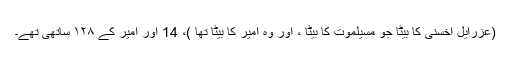
(عزرایل اخسنی کا بیٹا جو مسیلموت کا بیٹا ، اور وہ اِمّیر کا بیٹا تھا )، 14 اور اِمّیر کے ۱۲۸ ساتھی تھے۔